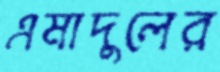
এমাদুলের